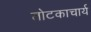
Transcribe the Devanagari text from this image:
तोटकाचार्य